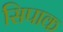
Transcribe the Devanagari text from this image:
सिपाक